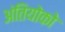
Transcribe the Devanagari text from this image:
अंतियोको